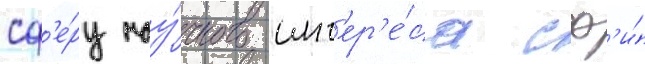
сф'е́ру нау́чного инт'ер'е́са сф'и́